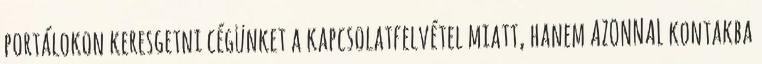
portálokon keresgetni cégünket a kapcsolatfelvétel miatt, hanem AZONNAL kontakba